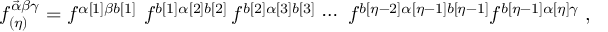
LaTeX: f _ { ( \eta ) } ^ { \vec { \alpha } \beta \gamma } = f ^ { \alpha [ 1 ] \beta b [ 1 ] } \, \, f ^ { b [ 1 ] \alpha [ 2 ] b [ 2 ] } \, f ^ { b [ 2 ] \alpha [ 3 ] b [ 3 ] } \, \cdots \, \, f ^ { b [ \eta - 2 ] \alpha [ \eta - 1 ] b [ \eta - 1 ] } f ^ { b [ \eta - 1 ] \alpha [ \eta ] \gamma } \; ,